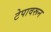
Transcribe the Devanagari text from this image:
टेपावरून